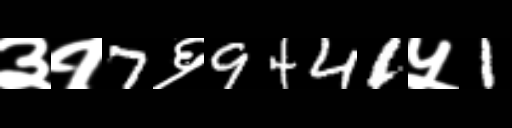
Text: ३१7६9441५1